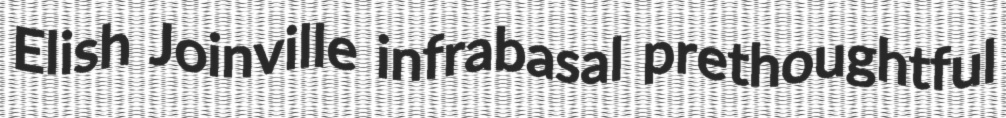
Elish Joinville infrabasal prethoughtful